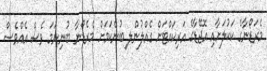
މެރަޑޯނާގެ ކަކުލަށާއި އޮޖޭޑާގެ އަރިކައްޓަށް ގެއްލުންލ ިބުންކަމަށް މެރެޑޯނާ ބުނިނަމަ ވެސް އެއްވެސް